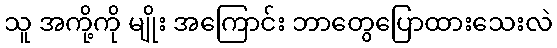
သူ အကို့ကို မျိုး အကြောင်း ဘာတွေပြောထားသေးလဲ